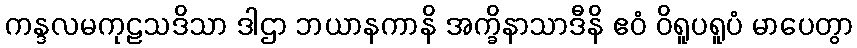
ကန္ဒလမကုဠသဒိသာ ဒါဌာ ဘယာနကာနိ အက္ခိနာသာဒီနိ ဧဝံ ဝိရူပရူပံ မာပေတွာ